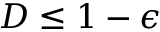
D \le 1 - \epsilon